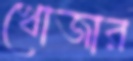
খোজার